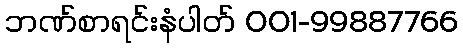
ဘဏ်စာရင်းနံပါတ် 001-99887766